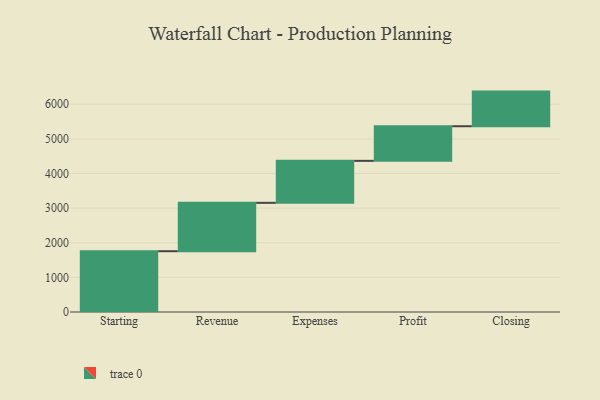
{"axis": {"x": "Step", "y": "Value"}, "legend": [""], "data": [{"x": "Starting", "y": 1756.0, "type": ""}, {"x": "Revenue", "y": 1397.0, "type": ""}, {"x": "Expenses", "y": 1212.0, "type": ""}, {"x": "Profit", "y": 1000, "type": ""}, {"x": "Closing", "y": 1000, "type": ""}]}